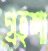
গ্রহশা